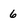
Character: 6